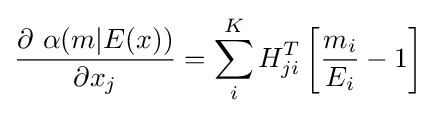
{\frac {\partial \ \alpha (m\vert E(x))}{\partial x_{j}}}=\sum _{i}^{K}{H}_{ji}^{T}\left[{\frac {m_{i}}{E_{i}}}-1\right]